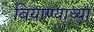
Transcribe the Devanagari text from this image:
बियाण्याच्या